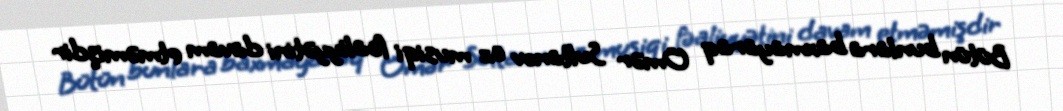
Bütün bunlara baxmayaraq Ömər Sultanov öz musiqi fəaliyyətini davam etməmişdir